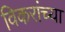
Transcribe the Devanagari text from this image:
विकरांच्या